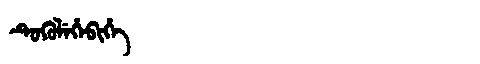
Manchu: ᡨᡠᡴᡠᠯᡝᡥᡝᠪᡳᡥᡝ
Romanization: TUKULEHEBIHE